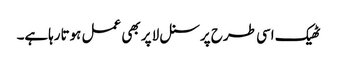
ٹھیک اسی طرح پرسنل لا پر بھی عمل ہوتارہاہے۔